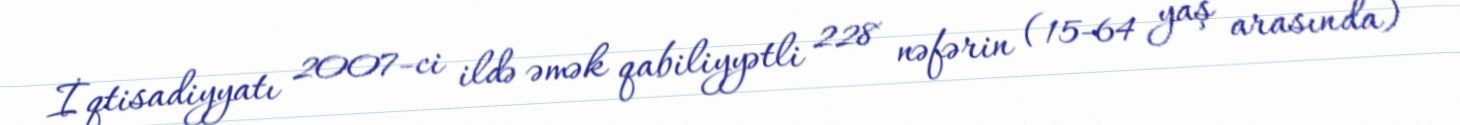
İqtisadiyyatı 2007-ci ildə əmək qabiliyyətli 228 nəfərin (15-64 yaş arasında)